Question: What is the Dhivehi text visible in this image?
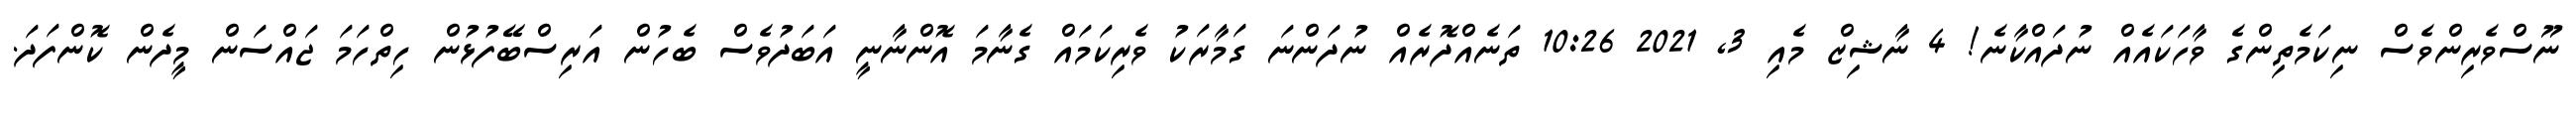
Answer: ނޫސްވެރިންވެސް ނިކަމެތިންގެ ވާހަކައެއް ނުދައްކާނެ! 4 ނާޝިޒް މެއި 3, 2021 10:26 ތަނެއްދޮރެއް ނުދަންނަ ގަމާރަކު ވެރިކަމައް ގެނާމަ އޮންނާނީ އަބަދުވެސް ބެހުން އަރިސްބޭފުޅުން ހިތްހަމަ ޖައްސަން މީދެން ކޮންފަދަ.